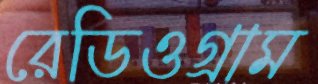
রেডিওগ্রাম